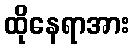
ထိုနေရာအား